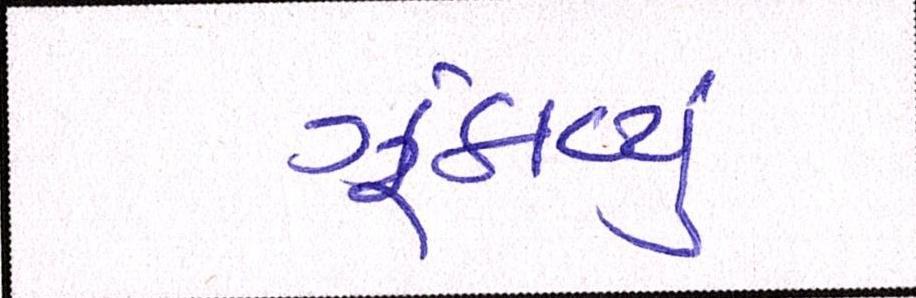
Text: ઝૂંકાવ્યું